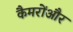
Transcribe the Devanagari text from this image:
कैमरोंऔर